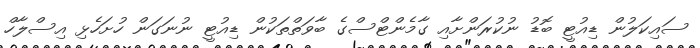
ސައިކަލުން ޑިއުޓީ ބޮޑު ނުކުރަންށާއި ގާމެންޓްސްގެ ބާވަތްތަކުން ޑިއުޓީ ނުނަގަން ހުށަހެޅި އިސްލާހް